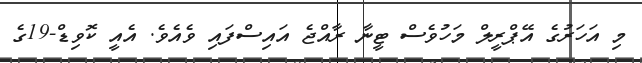
މި އަހަރުގެ އޭޕްރީލް މަހުވެސް ޓީނާ ރާއްޖެ އައިސްފައި ވެއެވެ. އެއީ ކޮވިޑް-19ގެ